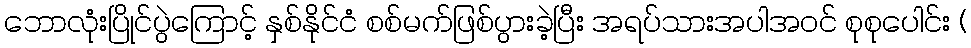
ဘောလုံးပြိုင်ပွဲကြောင့် နှစ်နိုင်ငံ စစ်မက်ဖြစ်ပွားခဲ့ပြီး အရပ်သားအပါအဝင် စုစုပေါင်း (